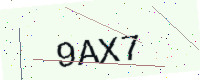
Text: 9AX7